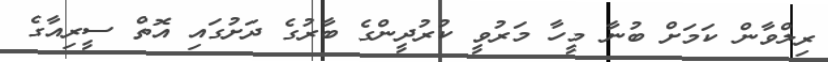
ރިލްވާން ކަމަށް ބުނާ މީހާ މަރުވީ ކުރުދީންގެ ބާރުގެ ދަށުގައި އޮތް ސީރިއާގެ